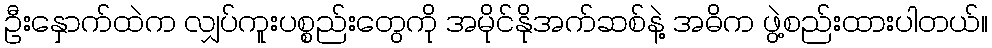
ဦးနှောက်ထဲက လျှပ်ကူးပစ္စည်းတွေကို အမိုင်နိုအက်ဆစ်နဲ့ အဓိက ဖွဲ့စည်းထားပါတယ်။